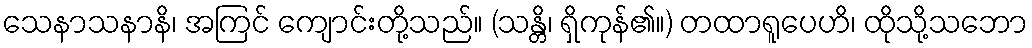
သေနာသနာနိ၊ အကြင် ကျောင်းတို့သည်။ (သန္တိ၊ ရှိကုန်၏။) တထာရူပေဟိ၊ ထိုသို့သဘော